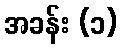
အခန်း (၁)